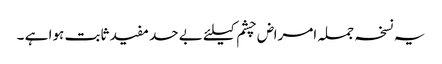
یہ نسخہ جملہ امراض چشم کیلئے بے حد مفید ثابت ہوا ہے ۔